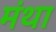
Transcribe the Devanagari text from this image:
मंथा